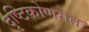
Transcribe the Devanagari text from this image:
दृष्टिकोणगत